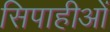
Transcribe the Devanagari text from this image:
सिपाहीओं